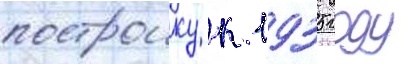
построику к 1935 году